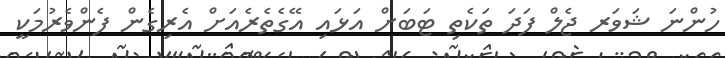
ހުންނަ ޝަވަރ ޖެލް ފަދަ ތަކެތި ޓަބަށް އަޅައި އޭގެތެރެއަށް އެރިގެން ފެންވެރުމަކީ